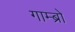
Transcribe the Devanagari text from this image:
गाम्ब्रो